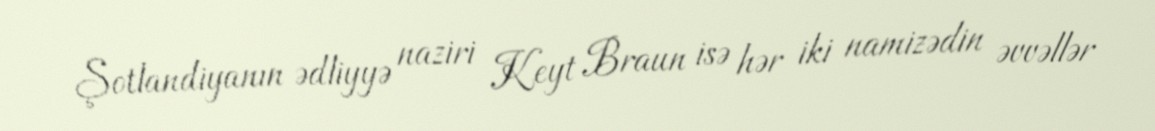
Şotlandiyanın ədliyyə naziri Keyt Braun isə hər iki namizədin əvvəllər